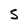
Character: S